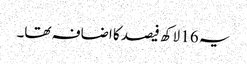
یہ 16 لاکھ فیصد کا اضافہ تھا۔